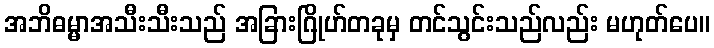
အဘိဓမ္မာအသီးသီးသည် အခြားဂြိုဟ်တခုမှ တင်သွင်းသည်လည်း မဟုတ်ပေ။